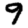
Digit: 9